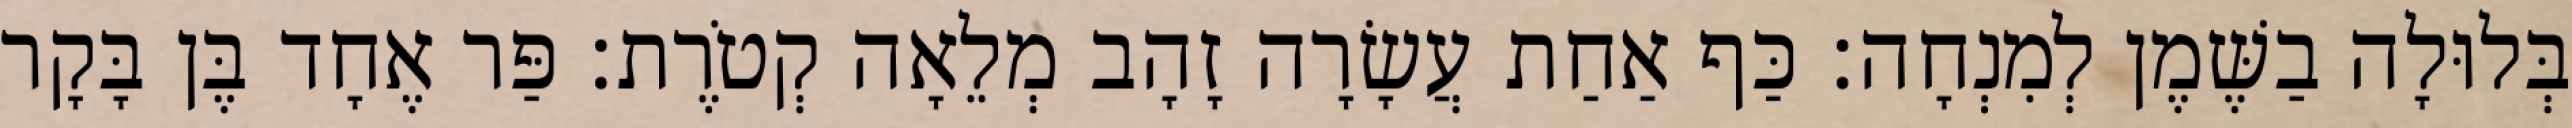
בְּלוּלָה בַשֶּׁמֶן לְמִנְחָה׃ כַּף אַחַת עֲשָׂרָה זָהָב מְלֵאָה קְטֹרֶת׃ פַּר אֶחָד בֶּן בָּקָר